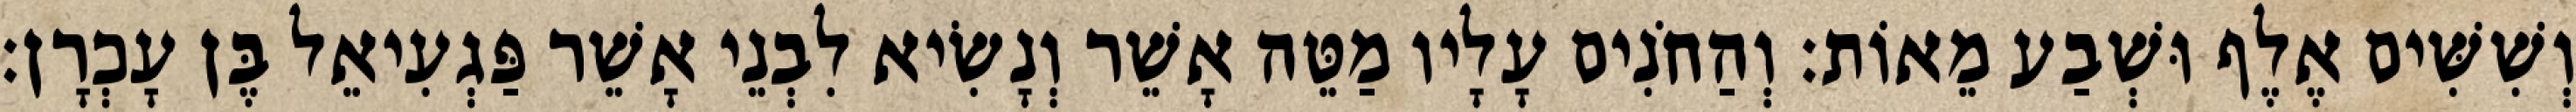
וְשִׁשִּׁים אֶלֶף וּשְׁבַע מֵאוֹת׃ וְהַחֹנִים עָלָיו מַטֵּה אָשֵׁר וְנָשִׂיא לִבְנֵי אָשֵׁר פַּגְעִיאֵל בֶּן עָכְרָן׃